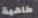
طاهية